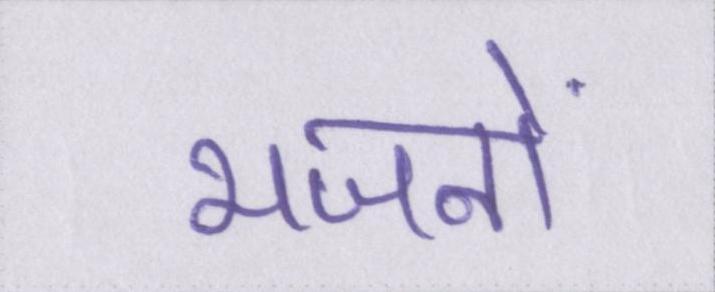
भजनों